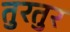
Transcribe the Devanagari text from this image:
तुरतुर